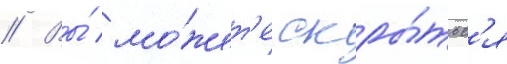
// Вы́ мо́жет'е скры́тьс'я